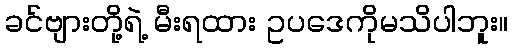
ခင်ဗျားတို့ရဲ့ မီးရထား ဥပဒေကိုမသိပါဘူး။